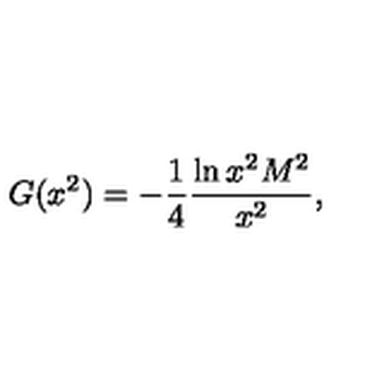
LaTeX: G ( x ^ { 2 } ) = - \frac { 1 } { 4 } \frac { \ln x ^ { 2 } M ^ { 2 } } { x ^ { 2 } } ,